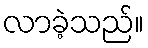
လာခဲ့သည်။